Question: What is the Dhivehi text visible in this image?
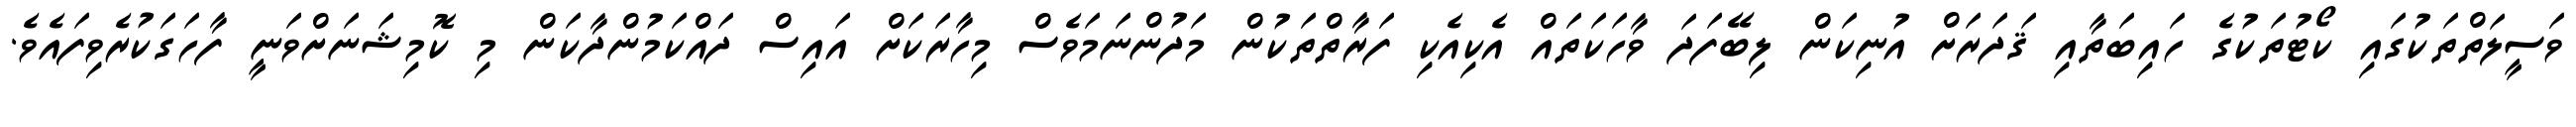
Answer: ވަސީލަތްތަކުގައި ކޯޓުތަކުގެ ހައިބަތާއި ޤަދަރަށް އުނިކަން ލިބޭފަދަ ވާހަކަތައް އެކިއެކި ފަރާތްތަކުން މަދުންނަމަވެސް މިހާރަކަށް އައިސް ދައްކަމުންދާކަން މި ކޮމިޝަނަށްވަނީ ފާހަގަކުރެވިފައެވެ.